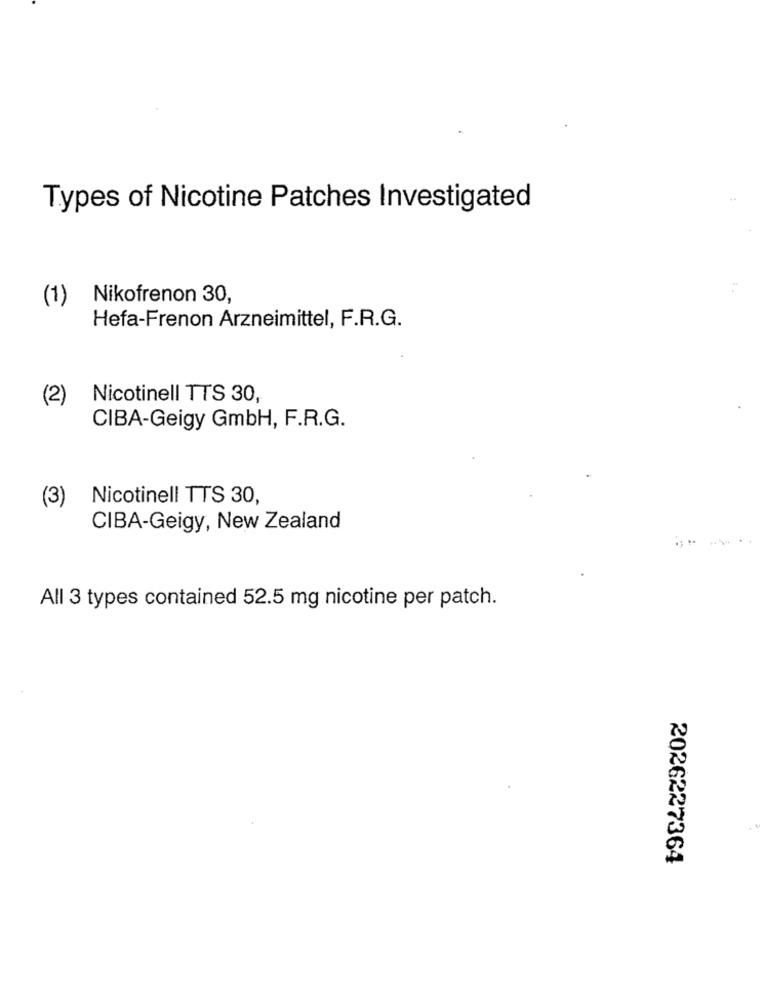
Types of Nicotine Patches Investigated
(1)
Nikofrenon 30,
Hefa-Frenon Arzneimittel, F.R.G.
(2)
Nicotinell TTS 30,
CIBA-Geigy GmbH, F.R.G.
(3)
Nicotinell TTS 30,
CIBA-Geigy, New Zealand
All 3 types contained 52.5 mg nicotine per patch.
2026227364